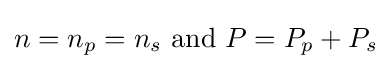
n=n_{p}=n_{s}{\text{ and }}P=P_{p}+P_{s}